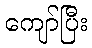
ကျော်ပြီး